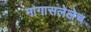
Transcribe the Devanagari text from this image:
मागासलेलेच